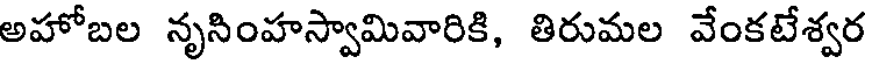
అహోబల నృసింహస్వామివారికి, తిరుమల వేంకటేశ్వర